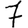
Digit: 7